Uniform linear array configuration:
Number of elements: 48
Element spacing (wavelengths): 0.25
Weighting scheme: blackman
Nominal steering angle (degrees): -45
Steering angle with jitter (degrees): -45.448
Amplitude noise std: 0.05
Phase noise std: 0.05

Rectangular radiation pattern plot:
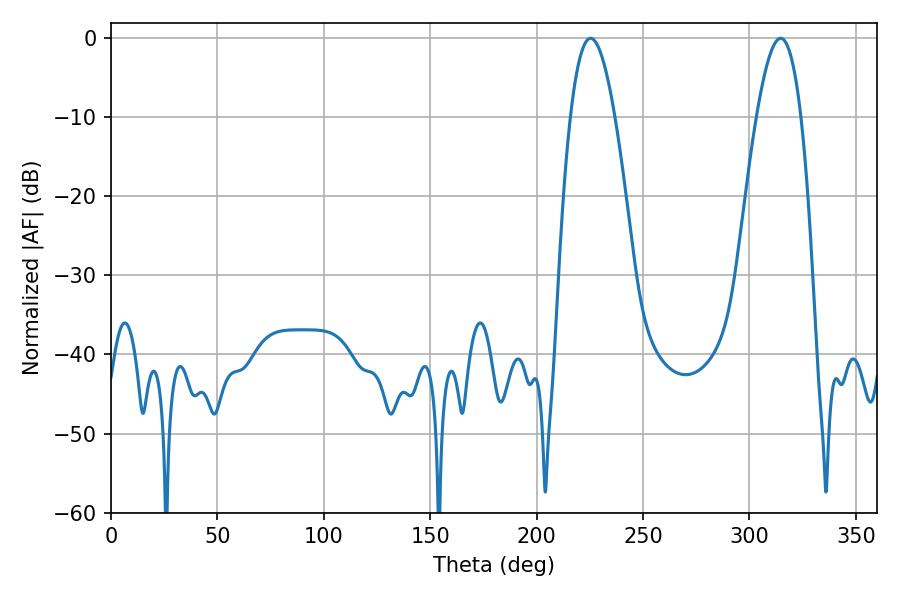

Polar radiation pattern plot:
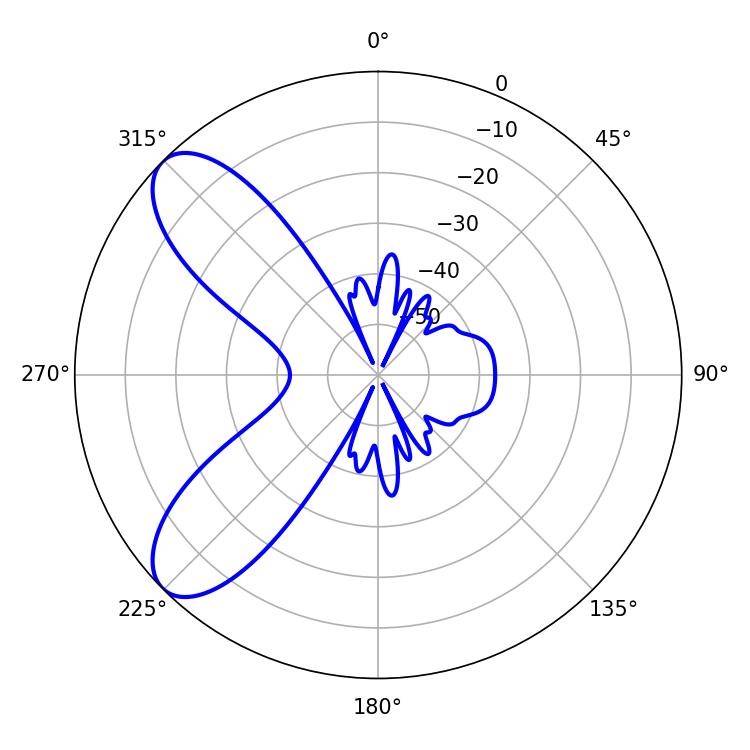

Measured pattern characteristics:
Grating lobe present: FALSE
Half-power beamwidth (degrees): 11.34
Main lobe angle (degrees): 225.36